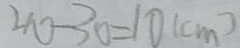
4 0 - 3 0 = 1 0 ( c m )